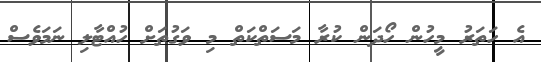
އެ ހަތަރު މީހުން ހޯދަން ކުރާ މަސަތްކަތް މި ވަގުތަށް ހުއްޓާލި ނަމަވެސް